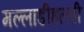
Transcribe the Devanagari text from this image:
मल्लाडीहल्ली